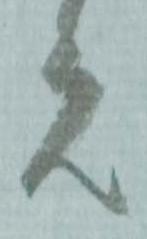
元